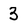
Character: 3